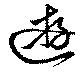
遊